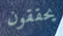
يحققون